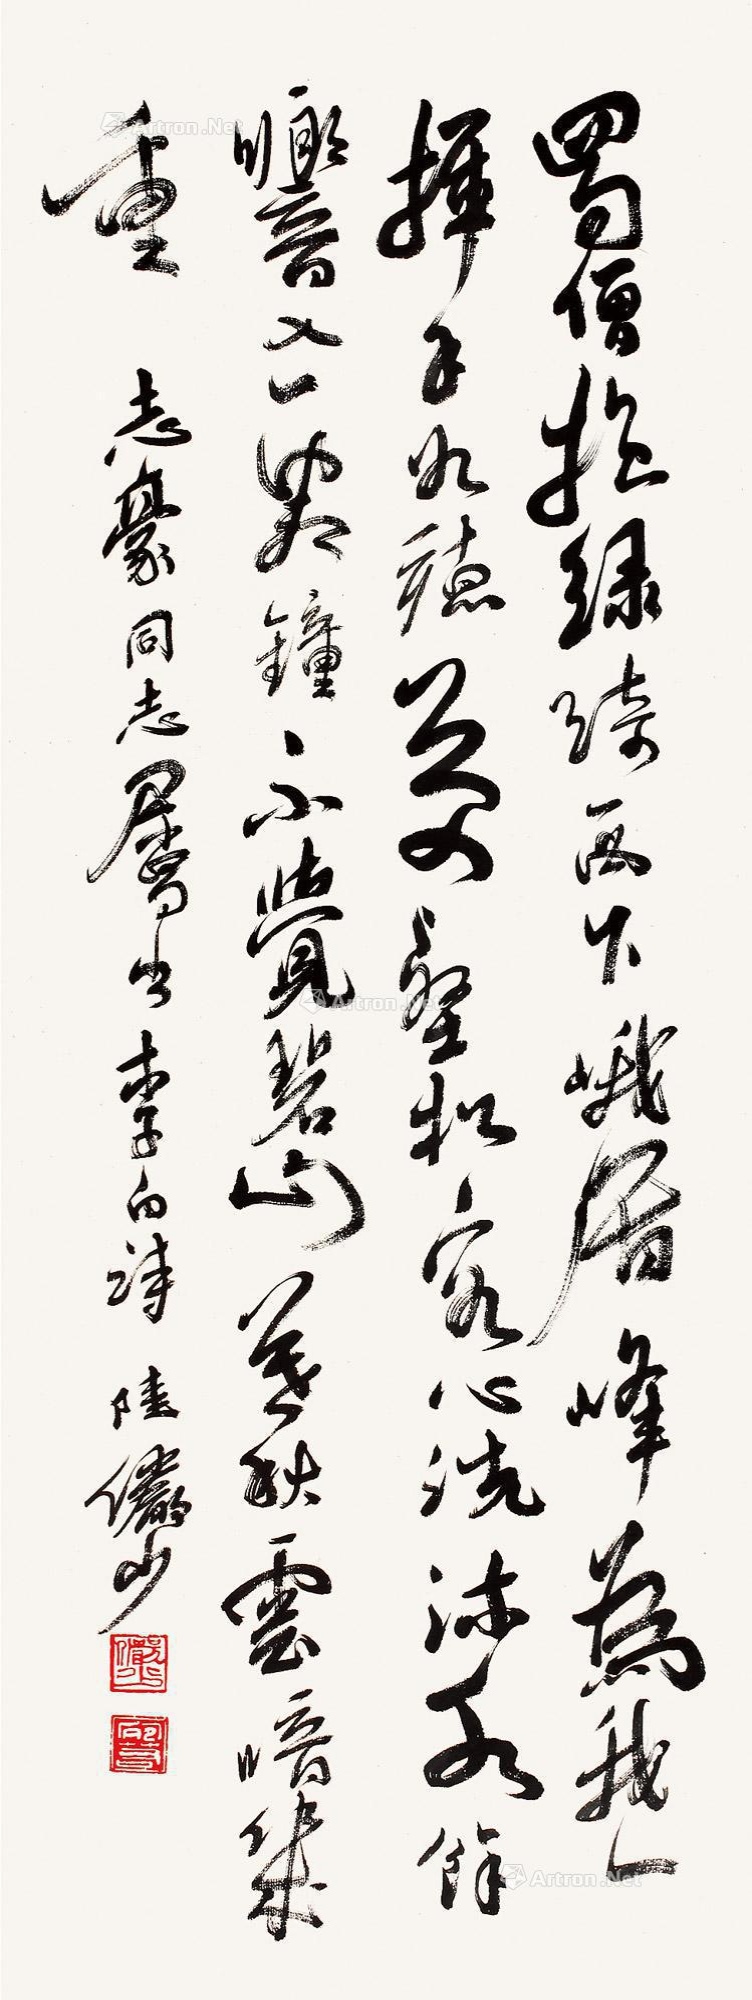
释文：蜀僧抱绿绮，西下峨眉峰。为我一挥手，如听万壑松。客心洗流水，余响入霜钟。不觉碧山暮，秋云暗几重。志豪同志属书，李白诗，陆俨少。